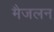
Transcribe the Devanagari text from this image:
मैजलन